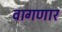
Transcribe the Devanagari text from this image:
वागणार